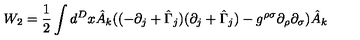
W _ { 2 } = \frac { 1 } { 2 } \int d ^ { D } x \hat { A } _ { k } ( ( - \partial _ { j } + \hat { \Gamma } _ { j } ) ( \partial _ { j } + \hat { \Gamma } _ { j } ) - g ^ { \rho \sigma } \partial _ { \rho } \partial _ { \sigma } ) \hat { A } _ { k }